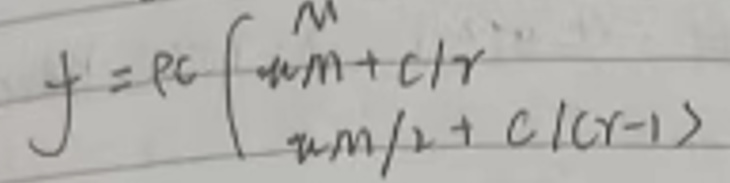
\[
f = \rho c \left\{
\begin{array}{l}
M\\
\mu m + c/r \\
\mu m/2 + c/(r - 1)
\end{array}
\right.
\]